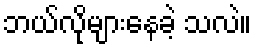
ဘယ်လိုများနေခဲ့ သလဲ။